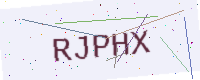
Text: RJPHX